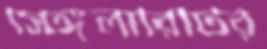
সিঙ্গুলারিটির